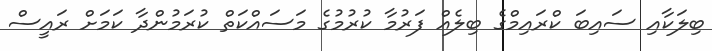
ބިލަކާއި ސައިބަ ކްރައިމްގެ ބިލެއް ފަރުމާ ކުރުމުގެ މަސައްކަތް ކުރަމުންދާ ކަމަށް ރައީސް